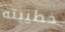
خطيبته